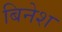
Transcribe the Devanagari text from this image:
बिनेश